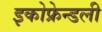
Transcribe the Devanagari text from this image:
इकोफ्रेन्डली